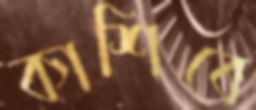
কাশিবে